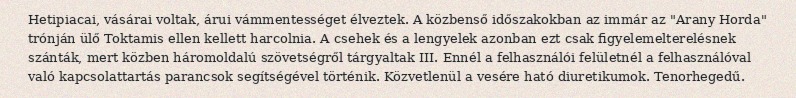
Hetipiacai, vásárai voltak, árui vámmentességet élveztek. A közbenső időszakokban az immár az "Arany Horda" trónján ülő Toktamis ellen kellett harcolnia. A csehek és a lengyelek azonban ezt csak figyelemelterelésnek szánták, mert közben háromoldalú szövetségről tárgyaltak III. Ennél a felhasználói felületnél a felhasználóval való kapcsolattartás parancsok segítségével történik. Közvetlenül a vesére ható diuretikumok. Tenorhegedű.